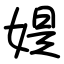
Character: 媞